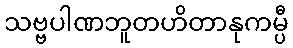
သဗ္ဗပါဏဘူတဟိတာနုကမ္ပီ